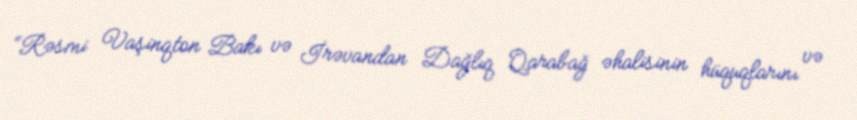
“Rəsmi Vaşinqton Bakı və İrəvandan Dağlıq Qarabağ əhalisinin hüquqlarını və